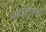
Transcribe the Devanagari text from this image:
बर्टोलुक्सी